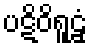
ပဋိဝိရူဠှံ